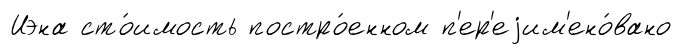
Иэна сто́имость постро́енном п'ер'еjим'ено́вано